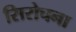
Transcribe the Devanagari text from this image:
सिरोचना